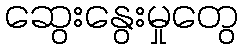
ဆွေးနွေးမှုတွေ